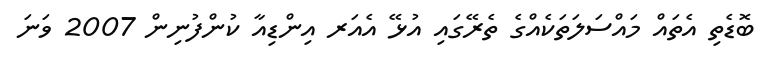
ބޮޑެތި އެތައް މައްސަލަތަކެއްގެ ތެރޭގައި އުޅޭ އެއަރ އިންޑިއާ ކުންފުނިން 2007 ވަނަ